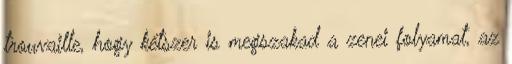
trouvaille, hogy kétszer is megszakad a zenei folyamat, az